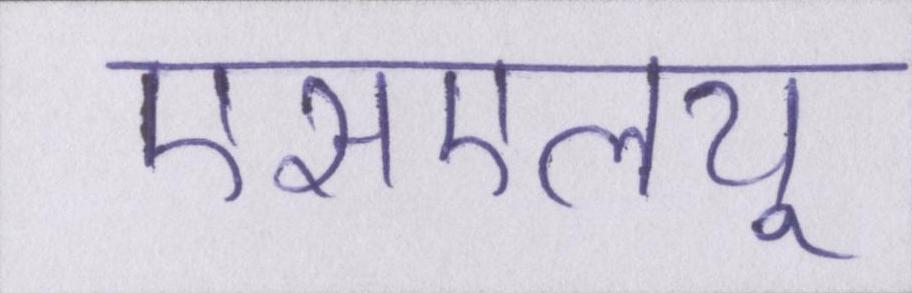
एसएलयू